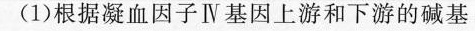
(1)根据凝血因子Ⅳ基因上游和下游的碱基